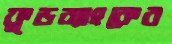
ফুডব্যাংকের